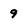
Character: 9